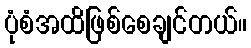
ပုံစံအထိဖြစ်စေချင်တယ်။